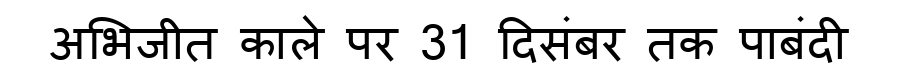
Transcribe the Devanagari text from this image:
अभिजीत काले पर 31 दिसंबर तक पाबंदी